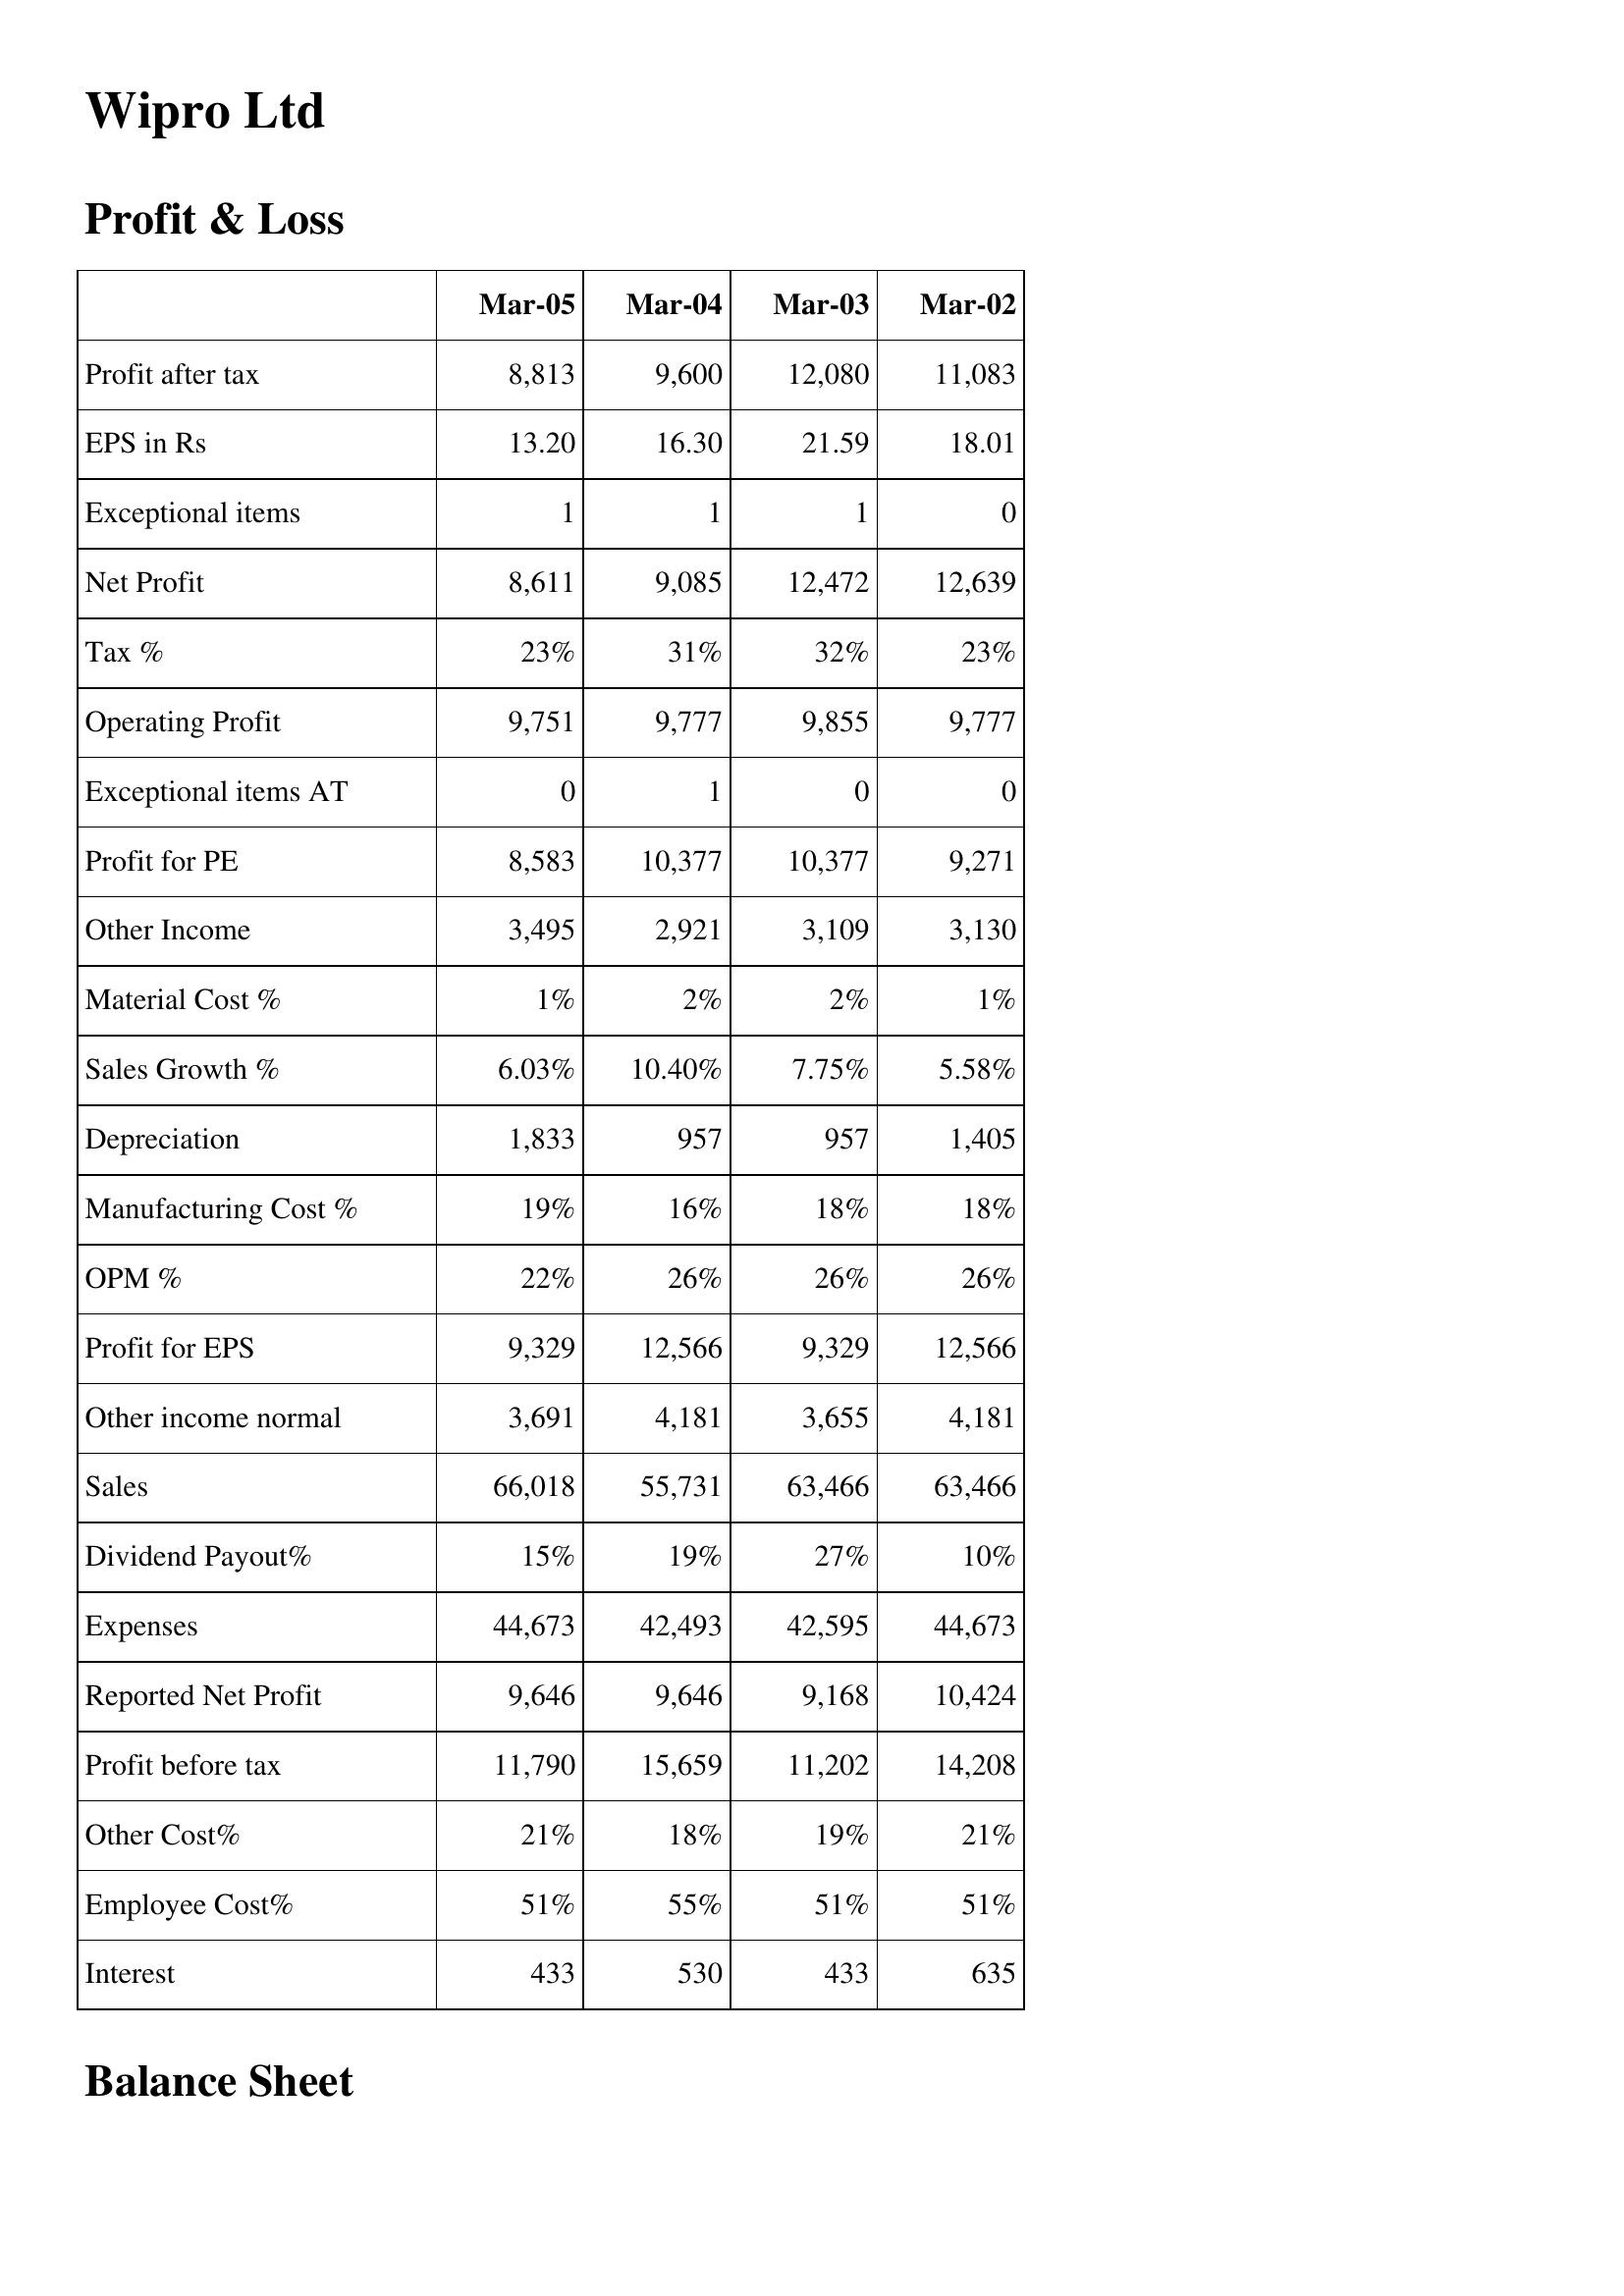
Mar-05: Profit & Loss: Profit after tax: 8,813
EPS in Rs: 13.20
Exceptional items: 1
Net Profit: 8,611
Tax %: 23%
Operating Profit: 9,751
Exceptional items AT: 0
Profit for PE: 8,583
Other Income: 3,495
Material Cost %: 1%
Sales Growth %: 6.03%
Depreciation: 1,833
Manufacturing Cost %: 19%
OPM %: 22%
Profit for EPS: 9,329
Other income normal: 3,691
Sales: 66,018
Dividend Payout%: 15%
Expenses: 44,673
Reported Net Profit: 9,646
Profit before tax: 11,790
Other Cost%: 21%
Employee Cost%: 51%
Interest: 433
Mar-04: Profit & Loss: Profit after tax: 9,600
EPS in Rs: 16.30
Exceptional items: 1
Net Profit: 9,085
Tax %: 31%
Operating Profit: 9,777
Exceptional items AT: 1
Profit for PE: 10,377
Other Income: 2,921
Material Cost %: 2%
Sales Growth %: 10.40%
Depreciation: 957
Manufacturing Cost %: 16%
OPM %: 26%
Profit for EPS: 12,566
Other income normal: 4,181
Sales: 55,731
Dividend Payout%: 19%
Expenses: 42,493
Reported Net Profit: 9,646
Profit before tax: 15,659
Other Cost%: 18%
Employee Cost%: 55%
Interest: 530
Mar-03: Profit & Loss: Profit after tax: 12,080
EPS in Rs: 21.59
Exceptional items: 1
Net Profit: 12,472
Tax %: 32%
Operating Profit: 9,855
Exceptional items AT: 0
Profit for PE: 10,377
Other Income: 3,109
Material Cost %: 2%
Sales Growth %: 7.75%
Depreciation: 957
Manufacturing Cost %: 18%
OPM %: 26%
Profit for EPS: 9,329
Other income normal: 3,655
Sales: 63,466
Dividend Payout%: 27%
Expenses: 42,595
Reported Net Profit: 9,168
Profit before tax: 11,202
Other Cost%: 19%
Employee Cost%: 51%
Interest: 433
Mar-02: Profit & Loss: Profit after tax: 11,083
EPS in Rs: 18.01
Exceptional items: 0
Net Profit: 12,639
Tax %: 23%
Operating Profit: 9,777
Exceptional items AT: 0
Profit for PE: 9,271
Other Income: 3,130
Material Cost %: 1%
Sales Growth %: 5.58%
Depreciation: 1,405
Manufacturing Cost %: 18%
OPM %: 26%
Profit for EPS: 12,566
Other income normal: 4,181
Sales: 63,466
Dividend Payout%: 10%
Expenses: 44,673
Reported Net Profit: 10,424
Profit before tax: 14,208
Other Cost%: 21%
Employee Cost%: 51%
Interest: 635